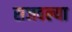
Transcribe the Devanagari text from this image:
सजवल्या